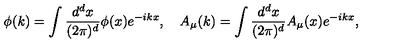
\phi ( k ) = \int \frac { d ^ { d } x } { ( 2 \pi ) ^ { d } } \phi ( x ) e ^ { - i k x } , \quad A _ { \mu } ( k ) = \int \frac { d ^ { d } x } { ( 2 \pi ) ^ { d } } A _ { \mu } ( x ) e ^ { - i k x } ,